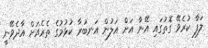
ލަފާ ކުރެވޭ ގޮތުގައި އޭނާ އަށް އަލުން އަނބުރާ ކުޅުމުގެ ތެރެއަށް އާދެވޭނީ